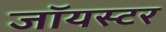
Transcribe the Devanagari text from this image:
जॉयस्टर